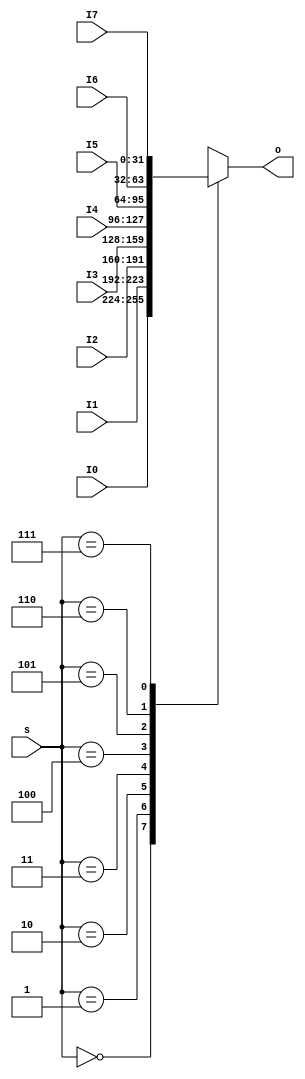
`timescale 1ns / 1ps
//////////////////////////////////////////////////////////////////////////////////
// Company: 
// Engineer: 
// 
// Design Name: 
// Module Name:    MUX8T1_32 
// Project Name: 
// Target Devices: 
// Tool versions: 
// Description: 
//
// Dependencies: 
//
// Revision: 
// Revision 0.01 - File Created
// Additional Comments: 
//
//////////////////////////////////////////////////////////////////////////////////
module MUX8T1_32(input [31:0] I0,
					  input [31:0] I1,
					  input [31:0] I2,
					  input [31:0] I3,
					  input [31:0] I4,
					  input [31:0] I5,
					  input [31:0] I6,
					  input [31:0] I7,
					  input [2:0] s,
					  output reg [31:0] o	  
    );
always @ (*)
	case (s)
		0 : o <= I0;
		1 : o <= I1;
		2 : o <= I2;
		3 : o <= I3;
		4 : o <= I4;
		5 : o <= I5;
		6 : o <= I6;
		7 : o <= I7;
	endcase
	
endmodule